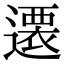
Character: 𨗢